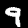
Label: 9